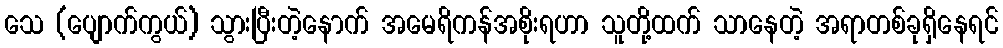
သေ (ပျောက်ကွယ်) သွားပြီးတဲ့နောက် အမေရိကန်အစိုးရဟာ သူတို့ထက် သာနေတဲ့ အရာတစ်ခုရှိနေရင်